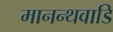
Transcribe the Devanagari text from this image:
मानन्थवाडि